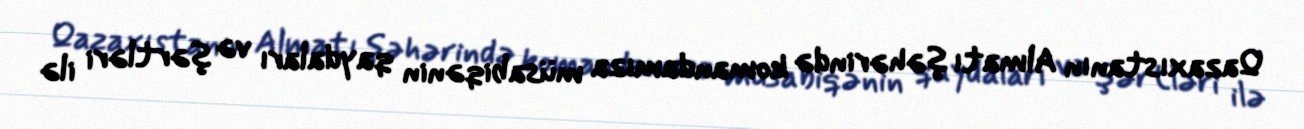
Qazaxıstanın Almatı şəhərində komandamıza müsabiqənin qaydaları və şərtləri ilə